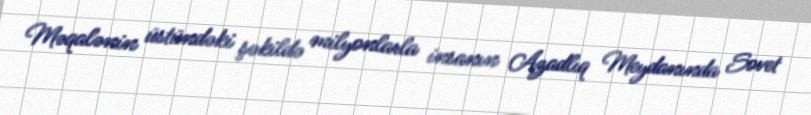
Məqalənin üstündəki şəkildə milyonlarla insanın Azadlıq Meydanında Sovet